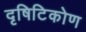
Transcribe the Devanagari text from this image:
दृषिटिकोण